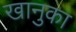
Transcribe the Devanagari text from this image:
खानुका